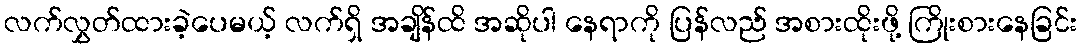
လက်လွှတ်ထားခဲ့ပေမယ့် လက်ရှိ အချိန်ထိ အဆိုပါ နေရာကို ပြန်လည် အစားထိုးဖို့ ကြိုးစားနေခြင်း